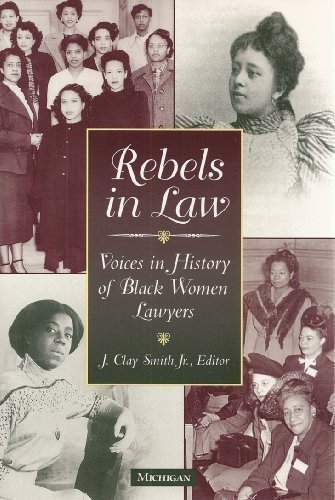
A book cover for Rebels in Law: Voices in History of Black Women Lawyers; Politics & Social Sciences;